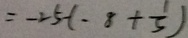
= - 2 5 - ( - 8 + \frac { 1 } { 5 } )